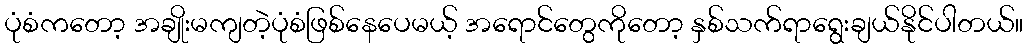
ပုံစံကတော့ အချိုးမကျတဲ့ပုံစံဖြစ်နေပေမယ့် အရောင်တွေကိုတော့ နှစ်သက်ရာရွေးချယ်နိုင်ပါတယ်။